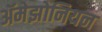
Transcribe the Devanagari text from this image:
ॲमेझोनियन